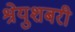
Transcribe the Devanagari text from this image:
श्रेयुशबरी